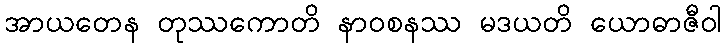
အာယတေန တုဿကောတိ နာဝစနဿ မဒယတိ ယောဓာဇီဝါ